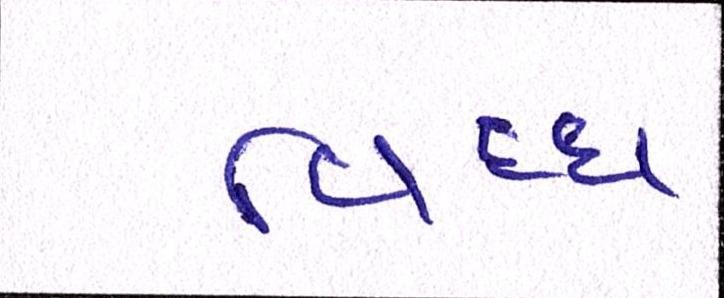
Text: વિઘ્ધ